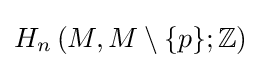
H_{n}\left(M,M\setminus \{p\};\mathbb {Z} \right)